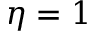
\eta = 1